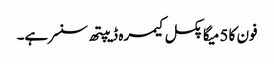
فون کا 5 میگا پکسل کیمرہ ڈیپتھ سنسر ہے۔